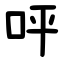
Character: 呯